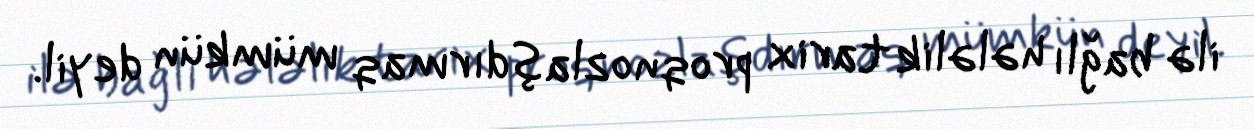
ilə bağlı hələlik tarix proqnozlaşdırmaq mümkün deyil.